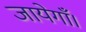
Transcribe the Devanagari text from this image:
जायेगाँ।